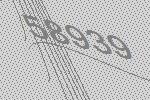
58939